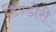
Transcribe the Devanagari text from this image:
डिण्डोरी